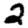
Digit: 2